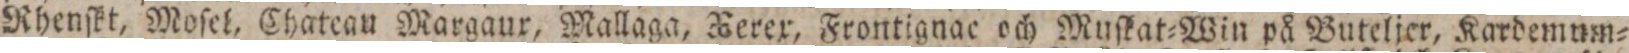
Rhenſkt, Moſel, Chateau Margaur, Mallaga, Xerex, Frontignac och Muſkat=Win på Buteljer, Kardemum=